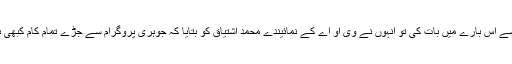
وی او اے نے البتہ پاکستان اٹامک انرجی کمشن کے سابق سربراہ ڈاکٹر ثمر مبارک مند سے اس بارے میں بات کی تو اُنہوں نے وی او اے کے نمائیندے محمد اشتیاق کو بتایا کہ جوہری پروگرام سے جڑے تمام کام کبھی بھی کسی ایک ادارے میں نہیں ہوتے اور نا ہی یہ کام کوئی ایک شخص تنہا کر سکتا ہے۔